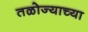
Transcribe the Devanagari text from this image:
तळोज्याच्या